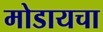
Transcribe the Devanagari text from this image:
मोडायचा